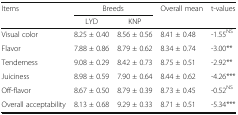
<table><thead><tr><td rowspan="2"><b>Items</b></td><td colspan="2"><b>Breeds</b></td><td rowspan="2"><b>Overall mean</b></td><td rowspan="2"><b>t-values</b></td></tr><tr><td><b>LYD</b></td><td><b>KNP</b></td></tr></thead><tbody><tr><td>Visual color</td><td>8.25 ± 0.40</td><td>8.56 ± 0.56</td><td>8.41 ± 0.48</td><td>-1.55<sup>NS</sup></td></tr><tr><td>Flavor</td><td>7.88 ± 0.86</td><td>8.79 ± 0.62</td><td>8.34 ± 0.74</td><td>-3.00**</td></tr><tr><td>Tenderness</td><td>9.08 ± 0.29</td><td>8.42 ± 0.73</td><td>8.75 ± 0.51</td><td>-2.92**</td></tr><tr><td>Juiciness</td><td>8.98 ± 0.59</td><td>7.90 ± 0.64</td><td>8.44 ± 0.62</td><td>-4.26***</td></tr><tr><td>Off-flavor</td><td>8.67 ± 0.50</td><td>8.79 ± 0.39</td><td>8.73 ± 0.45</td><td>-0.52<sup>NS</sup></td></tr><tr><td>Overall acceptability</td><td>8.13 ± 0.68</td><td>9.29 ± 0.33</td><td>8.71 ± 0.51</td><td>-5.34***</td></tr></tbody></table>